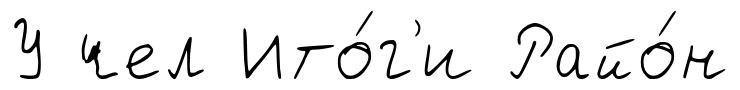
У чел Ито́г'и Райо́н